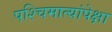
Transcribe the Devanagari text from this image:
पश्चिमात्यांपेक्षा